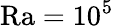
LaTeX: \mathrm{Ra}=10^{5}